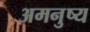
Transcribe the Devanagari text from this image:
अमनुष्य